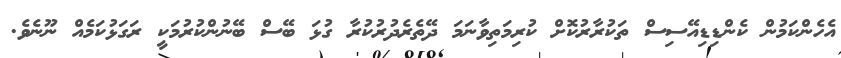
އެހެންކަމުން ކެންޑިޑިއޭސިސް ތަކުރާރުކޮށް ކުރިމަތިވާނަމަ ދޭތެރެދުރުކުރާ ގުޅަ ބޭސް ބޭނުންކުރުމަކީ ރަގަޅުކަމެއް ނޫނެވެ.